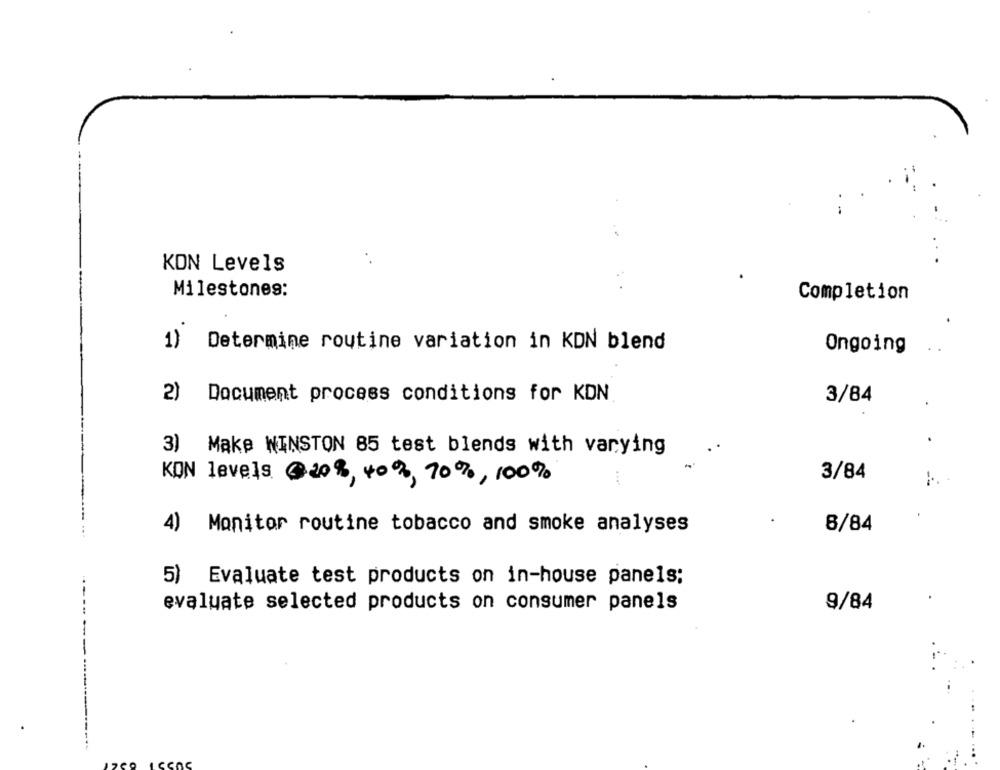
KON Levels
Milestones:
Completion
1)
Determine routine variation in KDN blend
Ongoing
2)
Document process conditions for KDN
3/84
3) Make WINSTON 85 test blends with varying
3/84
KON levels @20%, 40%, 70%, 100%
4) Monitor routine tobacco and smoke analyses
8/84
5) Evaluate test products on in-house panels;
evaluate selected products on consumer panels
9/84
-----------